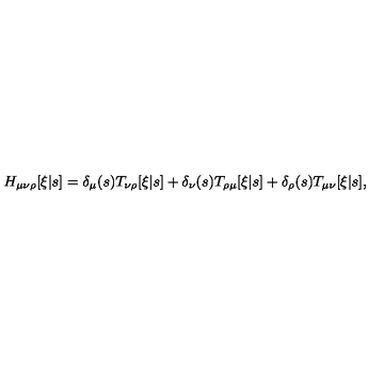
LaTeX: H _ { \mu \nu \rho } [ \xi | s ] = \delta _ { \mu } ( s ) T _ { \nu \rho } [ \xi | s ] + \delta _ { \nu } ( s ) T _ { \rho \mu } [ \xi | s ] + \delta _ { \rho } ( s ) T _ { \mu \nu } [ \xi | s ] ,